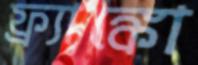
ফ্র্যাঙ্কো